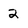
Character: 2